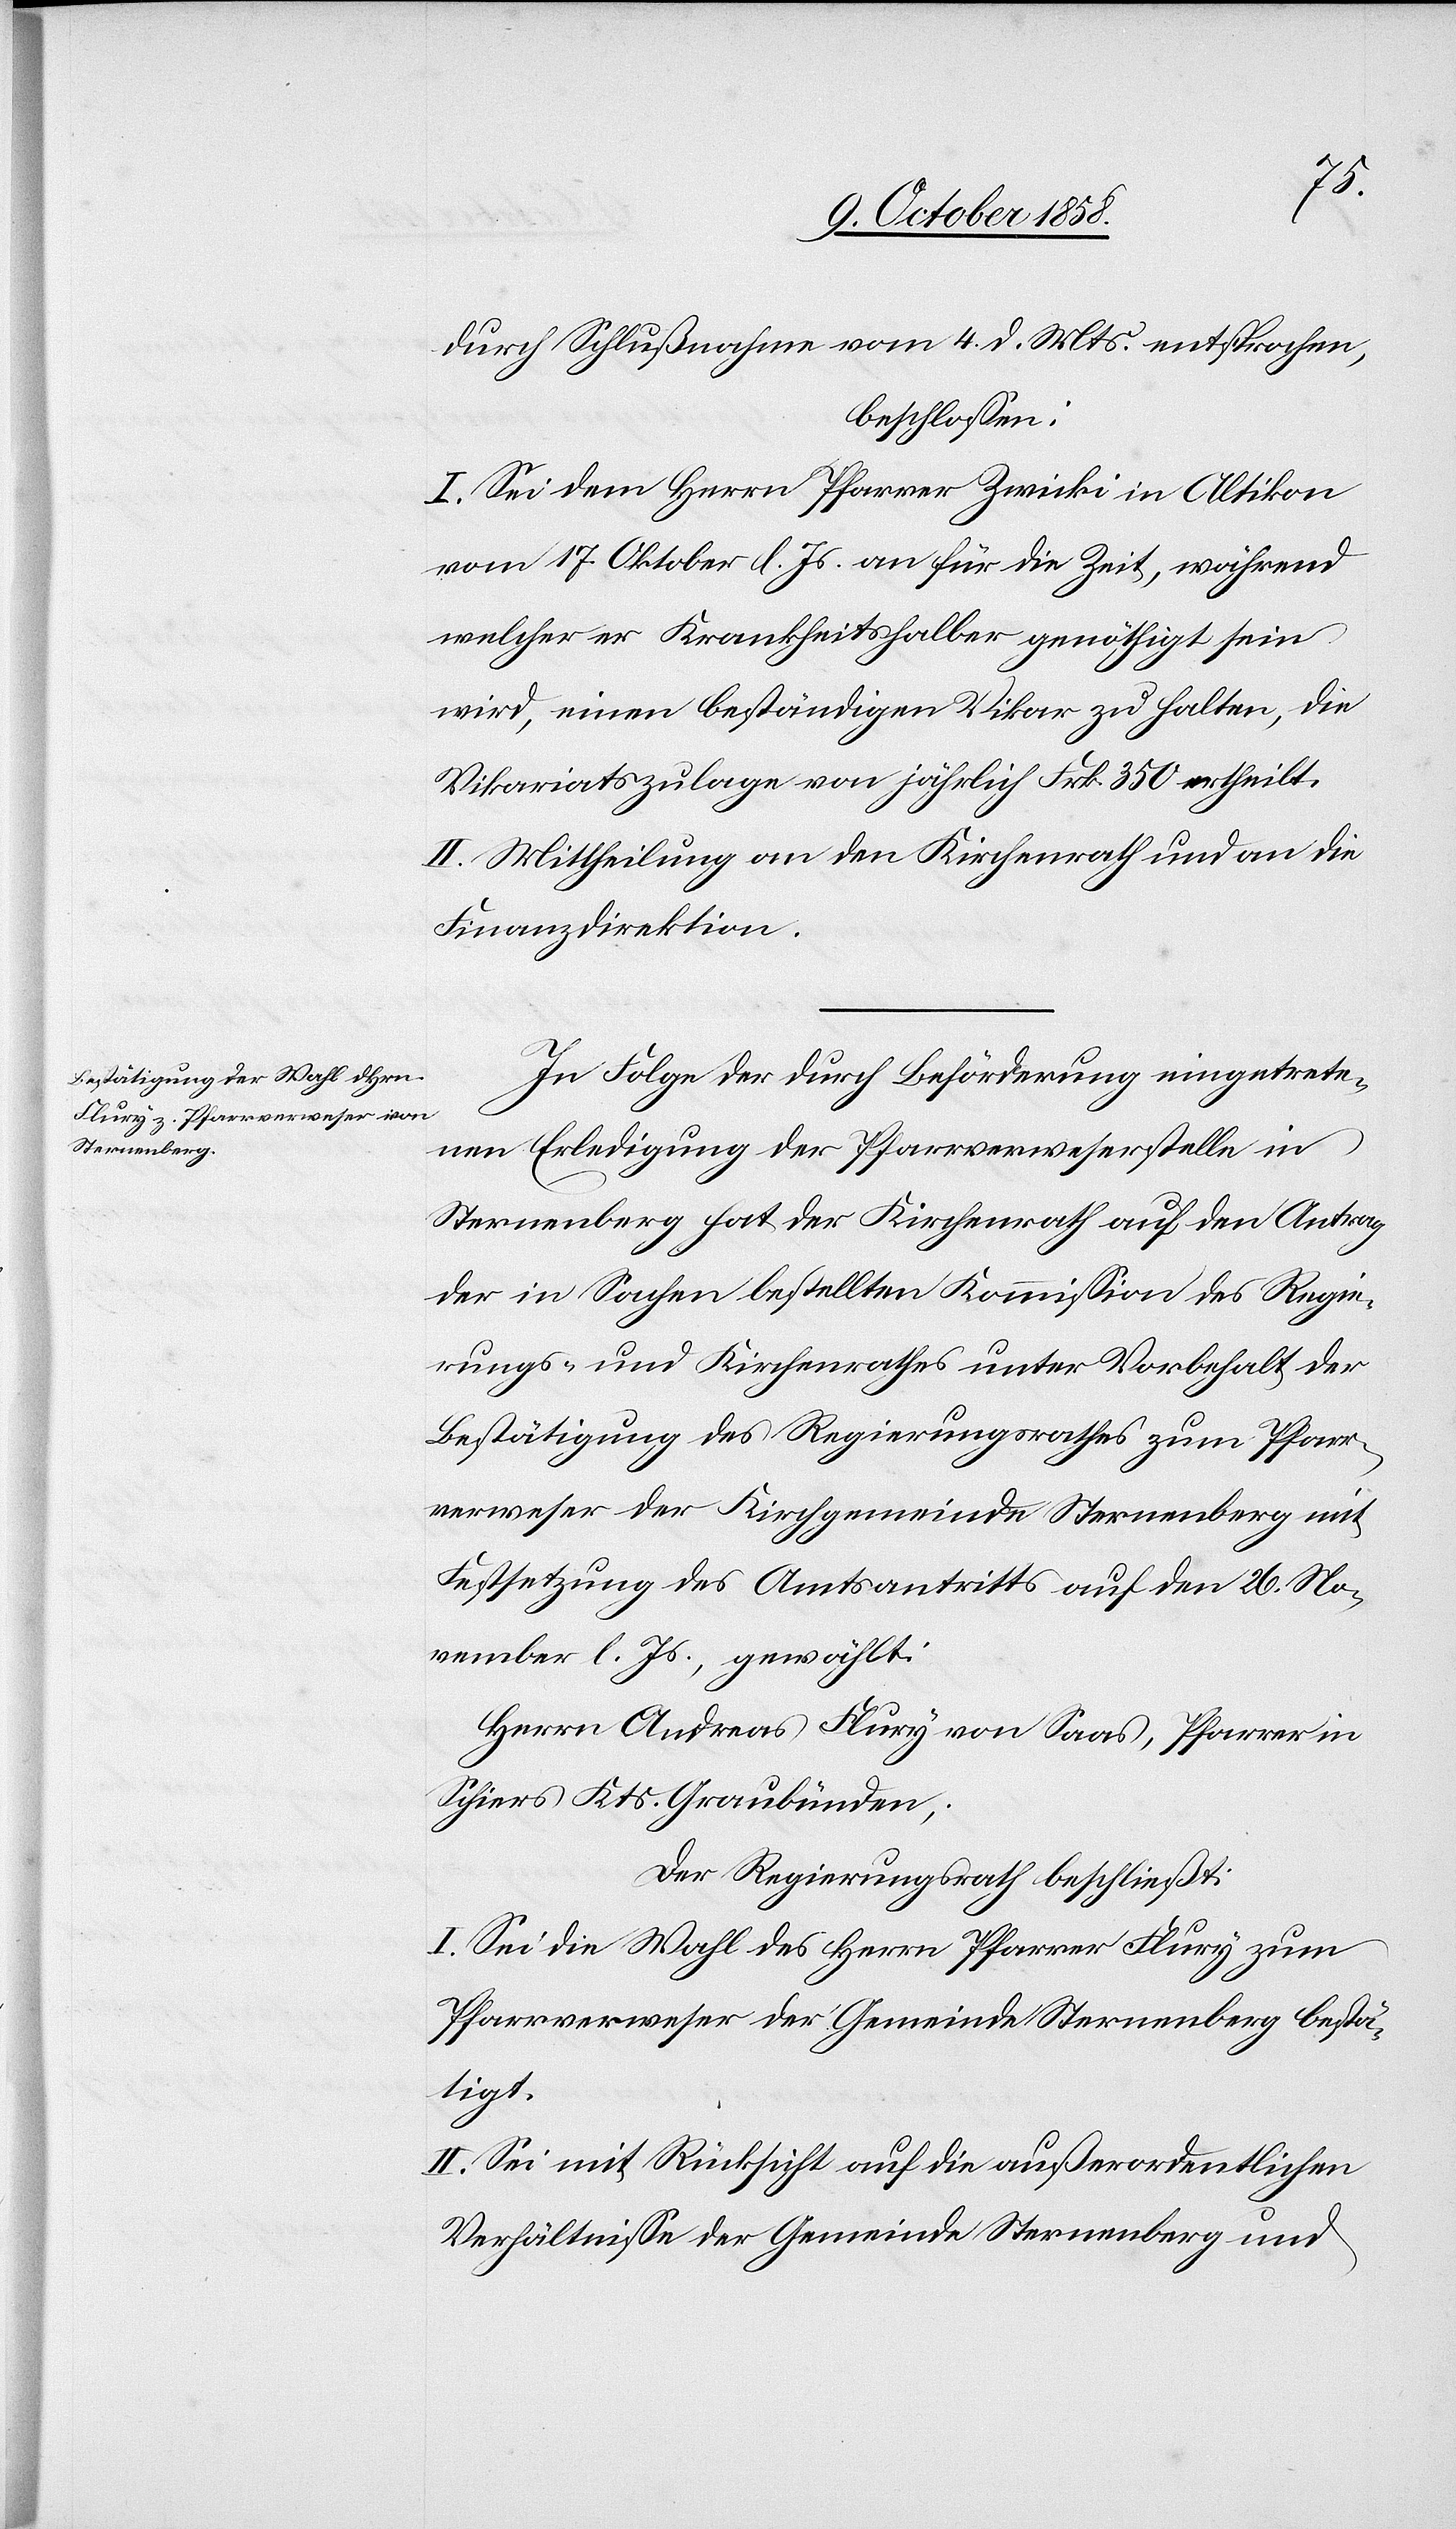
durch Schlußnahme vom 4. d. Mts. entsprochen,
beschlossen:
I. Sei dem Herrn Pfarrer Zwicki in Altikon
vom 17. Oktober l. Js. an für die Zeit, während
welcher er Krankheitshalber genöthigt sein
wird, einen beständigen Vikar zu halten, die
Vikariatszulage von jährlich Frk. 350 ertheilt.
II. Mittheilung an den Kirchenrath und an die
Finanzdirektion.
In Folge der durch Beförderung eingetrete¬
nen Erledigung der Pfarrverweserstelle in
Sternenberg hat der Kirchenrath auf den Antrag
der in Sachen bestellten Kommission des Regie¬
rungs- und Kirchenrathes unter Vorbehalt der
Bestätigung des Regierungsrathes zum Pfarr¬
verweser der Kirchgemeinde Sternenberg mit
Festsetzung des Amtsantritts auf den 26. No¬
vember l. Js., gewählt:
Herrn Andreas Flury von Saas, Pfarrer in
Schiers Kts. Graubünden;
Der Regierungsrath beschließt:
I. Sei die Wahl des Herrn Pfarrer Flury zum
Pfarrverweser der Gemeinde Sternenberg bestä¬
tigt.
II. Sei mit Rücksicht auf die außerordentlichen
Verhältnisse der Gemeinde Sternenberg und